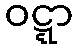
ဝဋ္ဋာ